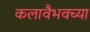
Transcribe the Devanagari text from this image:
कलावैभवच्या